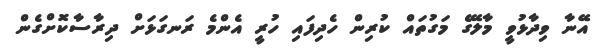
އޭނާ ވިދާޅުވީ މާލޭގެ މަގުތައް ކުރިން ހެދިފައި ހުރީ އެންމެ ރަނގަޅަށް ދިރާސާކޮށްގެން